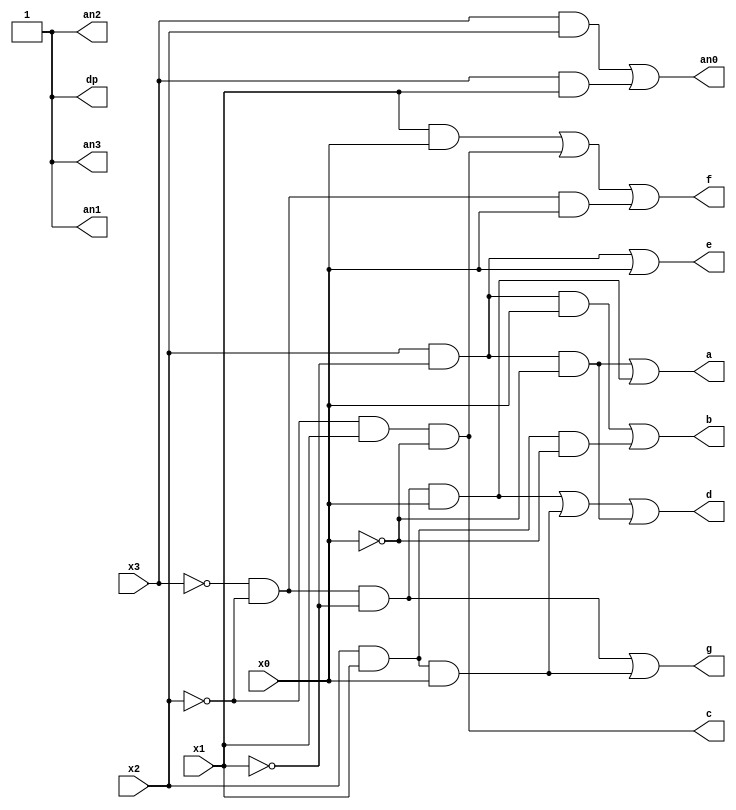
`timescale 1ns / 1ps
//////////////////////////////////////////////////////////////////////////////////
// Company: 
// Engineer: 
// 
// Design Name: 
// Module Name: BCD_to_7segment
// Project Name: 
// Target Devices: 
// Tool Versions: 
// Description: 
// 
// Dependencies: 
// 
// Revision:
// Revision 0.01 - File Created
// Additional Comments:
// 
//////////////////////////////////////////////////////////////////////////////////


module BCD_to_7segment(
    input x0,
    input x1,
    input x2,
    input x3,
    output a,
    output b,
    output c,
    output d,
    output e,
    output f,
    output g,
    output dp,
    output an0,
    output an1,
    output an2,
    output an3
    );
    
    wire x0_not, x1_not, x2_not, x3_not;
    wire a0, a1, b0, b1, d0, d1, d2, e0, f0, f1, f2, g0, g1, an00, an01, high;
        
    not n0 (x0_not, x0);
    not n1 (x1_not, x1);
    not n2 (x2_not, x2);
    not n3 (x3_not, x3);
    
    and h0 (a0, x2, x1_not, x0_not);
    and h1 (a1, x3_not, x2_not, x1_not, x0);
    or h3 (a, a0, a1);
    and h4 (b0, x2, x1_not, x0);
    and h5 (b1, x2, x1, x0_not);
    or h6 (b, b0, b1);
    and h7 (c, x2_not, x1, x0_not);
    and h8 (d0, x2, x1_not, x0_not);
    and h9 (d1, x2, x1, x0);
    and h10 (d2, x3_not, x2_not, x1_not, x0);
    or h11 (d, d2, d1, d0);
    and h12 (e0, x2, x1_not);
    or h13 (e, e0, x0);
    and h14 (f0, x1, x0);
    and h15 (f1, x2_not, x1, x0_not);
    and h16 (f2, x3_not, x2_not, x0);
    or h17 (f, f0, f1, f2);
    and h18 (g0, x3_not, x2_not, x1_not);
    and h19 (g1, x2, x1, x0);
    or h20 (g, g0, g1);
    and h21 (an00, x3, x2);
    and h22 (an01, x3, x1);
    or h23 (an0, an00, an01);
    or h24 (dp, x0, x0_not);
    or h25 (an1, x0, x0_not);
    or h26 (an2, x0, x0_not);
    or h27 (an3, x0, x0_not);
    
endmodule